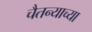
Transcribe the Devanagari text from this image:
चैतन्याच्या